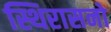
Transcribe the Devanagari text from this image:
स्थिरासनो